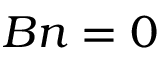
B n = 0